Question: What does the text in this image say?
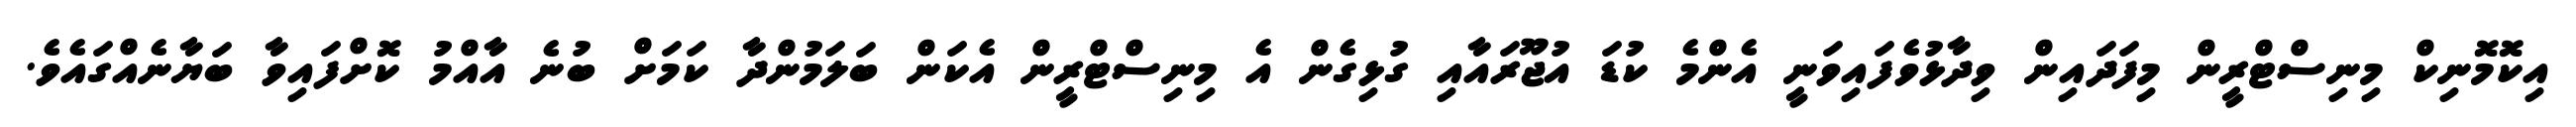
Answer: އިކޮމޮނިކް މިނިސްޓްރީން މިފަދައިން ވިދާޅުވެފައިވަނީ އެންމެ ކުޑަ އުޖޫރައާއި ގުޅިގެން އެ މިނިސްޓްރީން އެކަން ބަލަމުންދާ ކަމަށް ބުނެ އާއްމު ކޮށްފައިވާ ބަޔާނެއްގައެވެ.